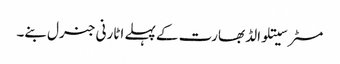
مسٹر سیتلوالڈ بھارت کے پہلے اٹارنی جنرل بنے۔